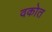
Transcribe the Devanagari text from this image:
वकोत